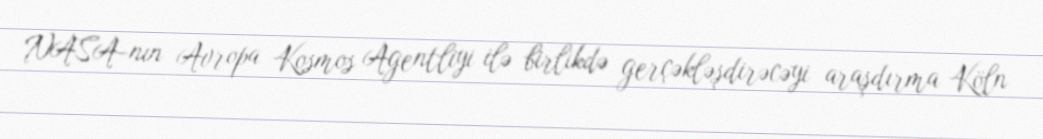
NASA-nın Avropa Kosmos Agentliyi ilə birlikdə gerçəkləşdirəcəyi araşdırma Köln